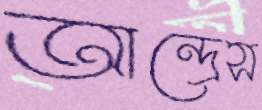
আন্দ্রেস